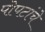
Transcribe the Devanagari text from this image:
पोपटांचे